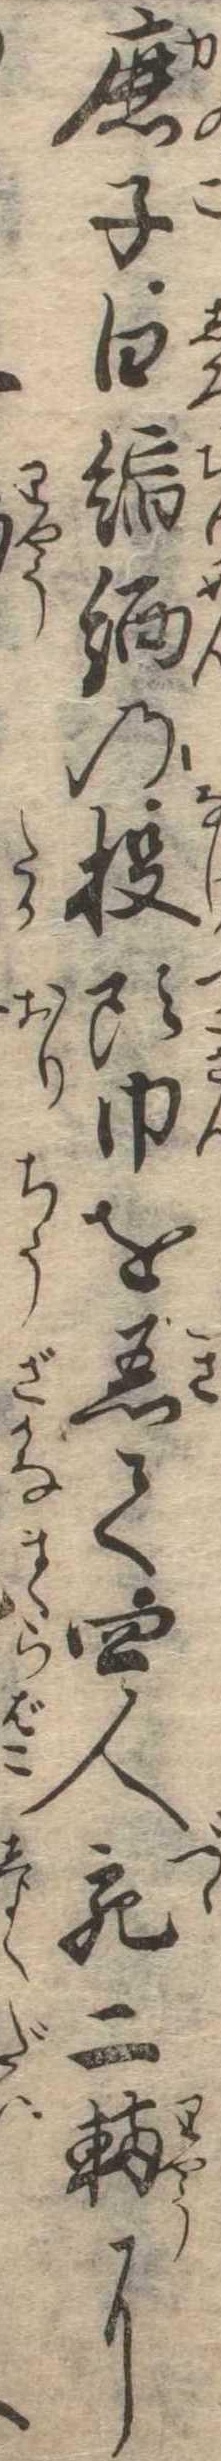
鹿子白縮緬の投頭巾を着て四人宛二輛に